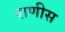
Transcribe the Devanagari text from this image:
राणीस